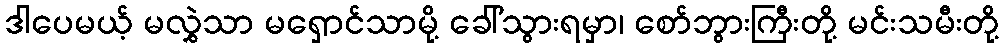
ဒါပေမယ့် မလွှဲသာ မရှောင်သာမို့ ခေါ်သွားရမှာ၊ စော်ဘွားကြီးတို့ မင်းသမီးတို့